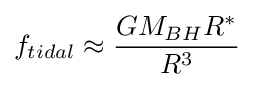
f_{tidal}\approx {\frac {GM_{BH}R^{*}}{R^{3}}}